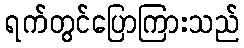
ရက်တွင်ပြောကြားသည်